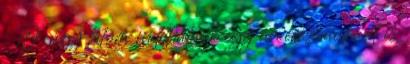
: Ó, úgy látom indíthatunk egy árverési aukciót is